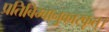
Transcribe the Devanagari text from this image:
प्रतिबिम्बानुकारकृत्‌।